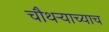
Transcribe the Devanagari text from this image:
चौथर्‍याच्याच